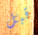
قبل